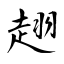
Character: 趐